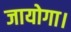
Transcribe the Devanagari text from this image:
जायोगा।